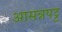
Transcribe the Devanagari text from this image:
आसन्नपट्ट